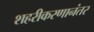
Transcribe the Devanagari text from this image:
शहरीकरणानंतर